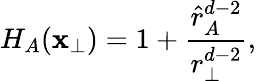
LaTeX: H_{A}(\mathbf{x}_{\perp})=1+{\frac{{\hat{{r}}_{A}^{d-2}}}{{r_{\perp}^{d-2}}}},